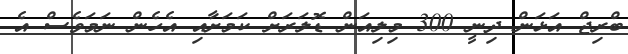
ބްރިޖް އަޅަން ދިނީ 300 މިލިއަން ޑޮލަރަށް ކަމަށާއި އެހެން ނަމަވެސް އެ